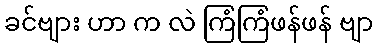
ခင်ဗျား ဟာ က လဲ ကြံကြံဖန်ဖန် ဗျာ